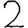
Digit: 2